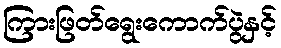
ကြားဖြတ်ရွေးကောက်ပွဲနှင့်